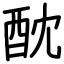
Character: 酖